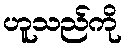
ဟူသည်ကို